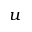
\boldsymbol { u }